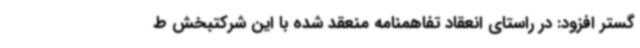
گستر افزود: در راستای انعقاد تفاهمنامه منعقد شده با این شرکتبخش ط